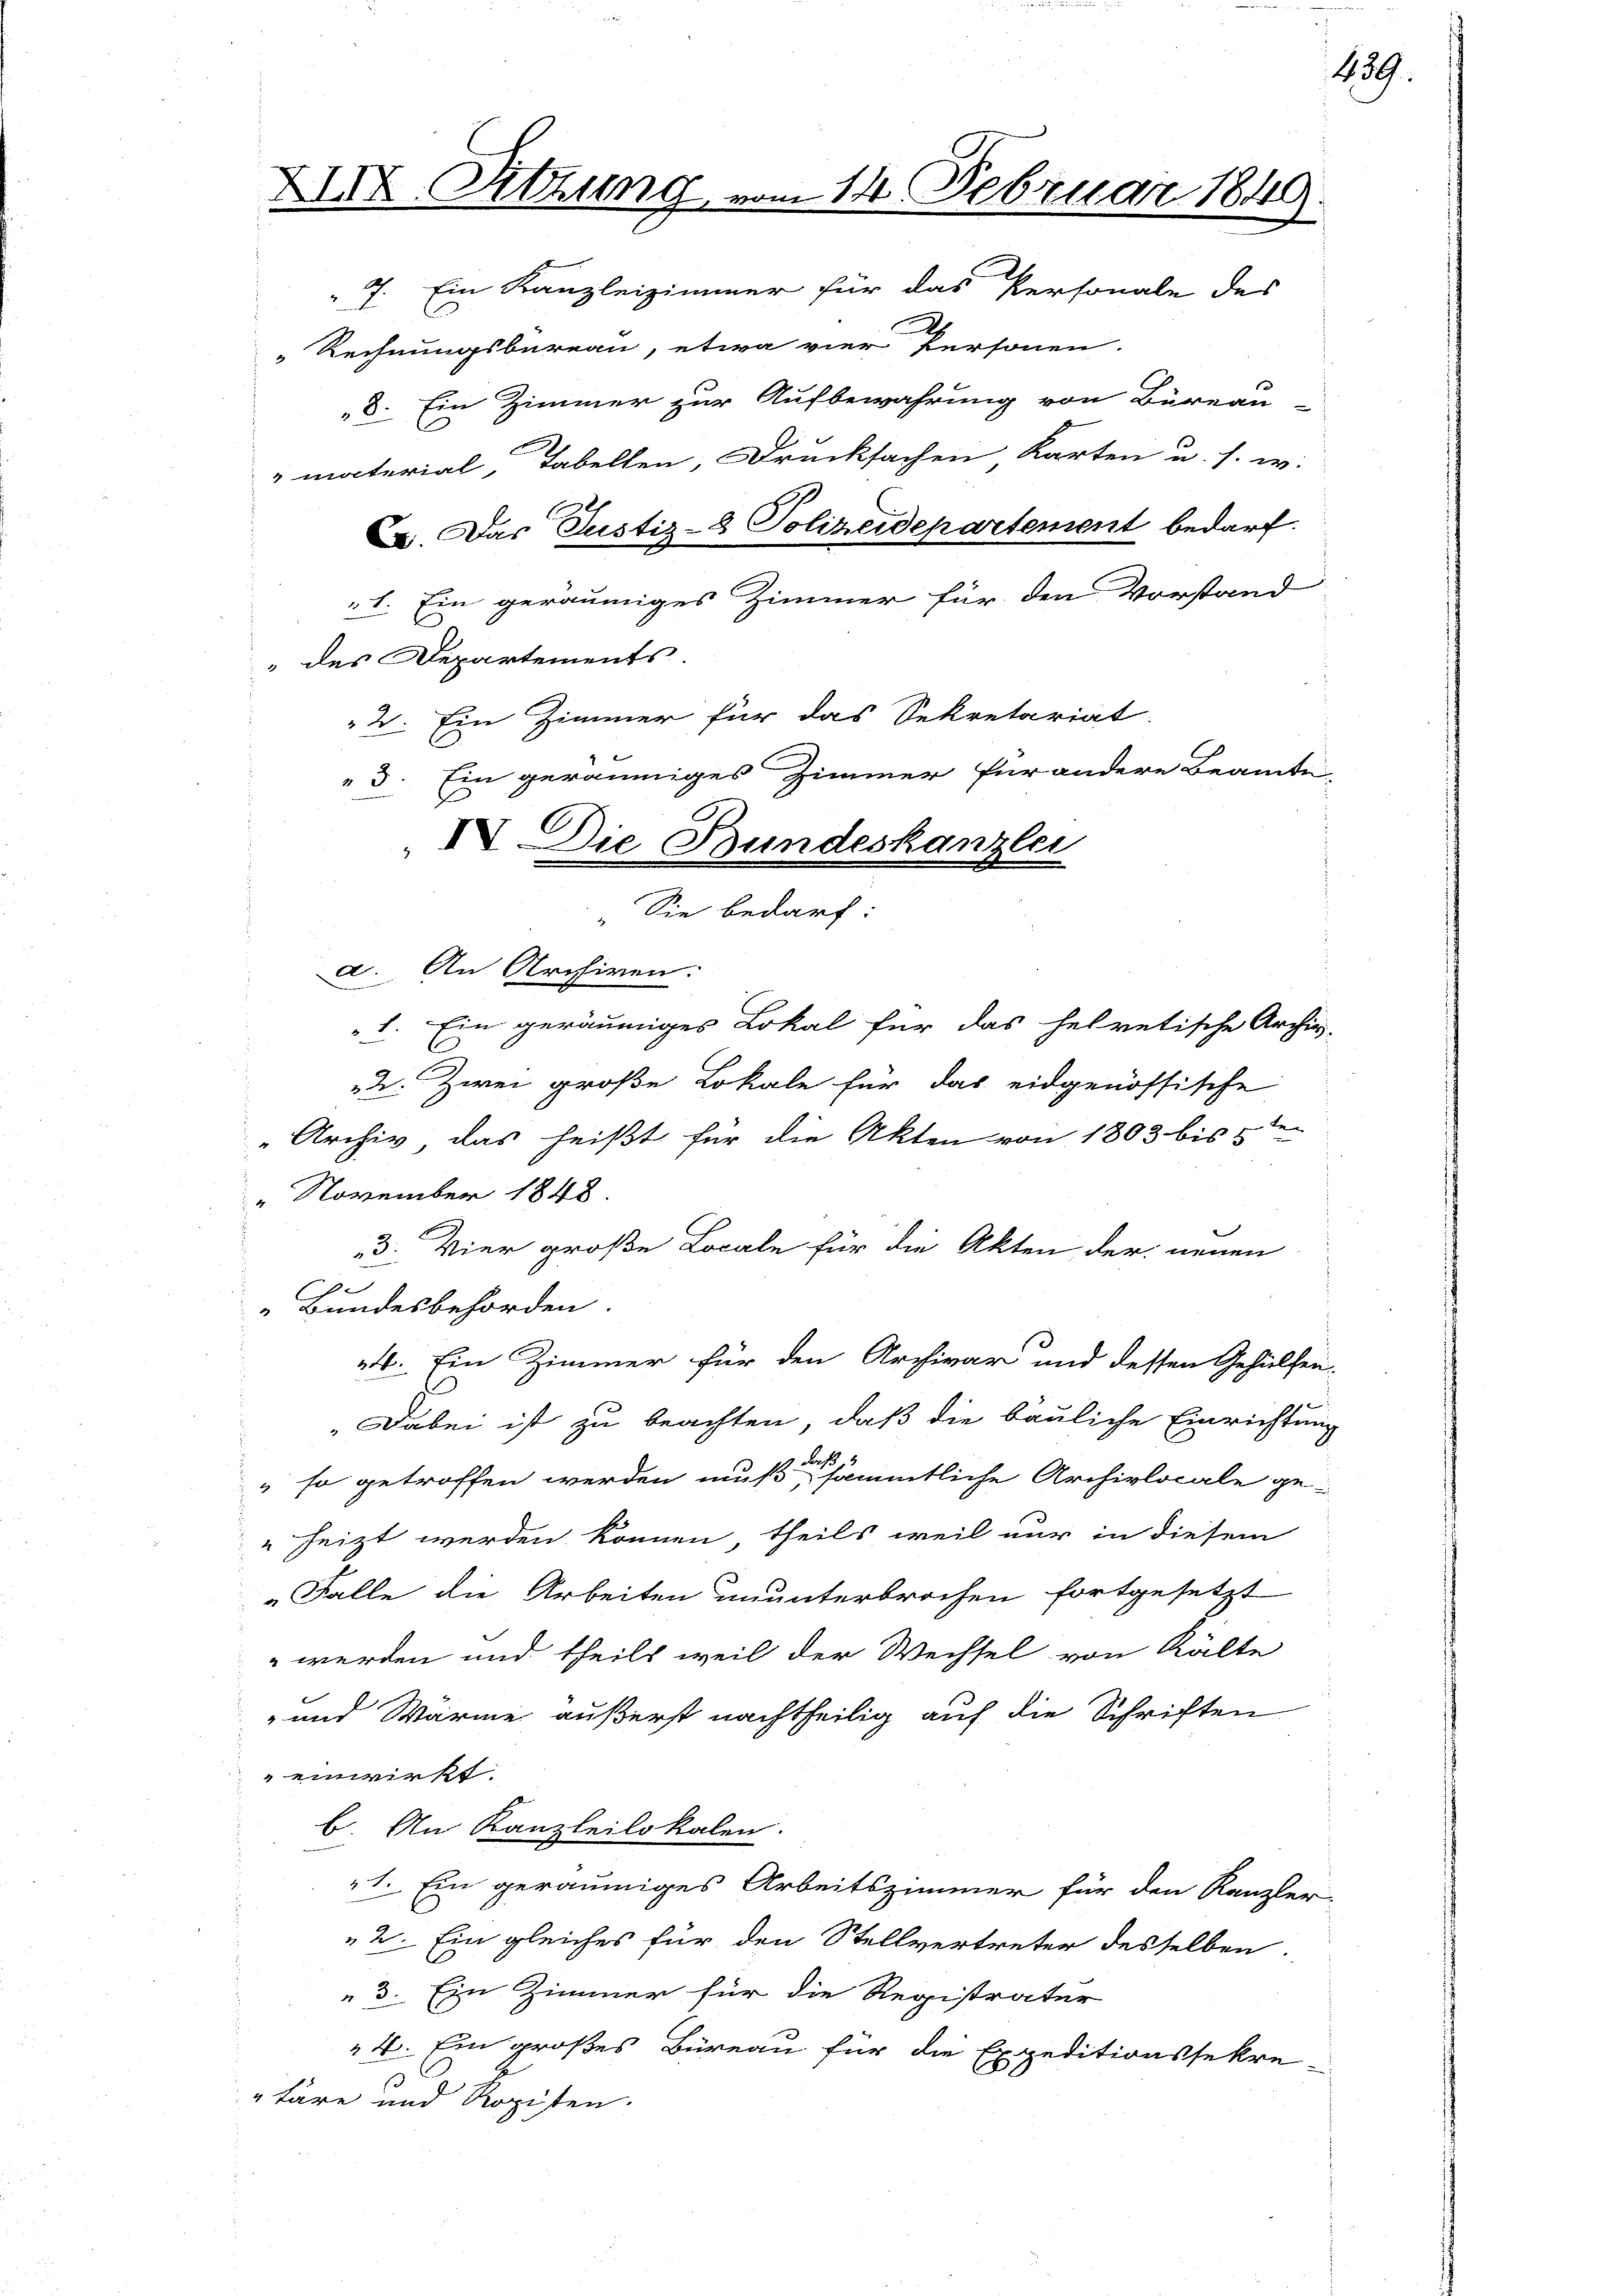
XIIX. Sitzung, in
s

„Rechnungsbureau, etwa vier Personen.
8. Ein Zimmer zur Aufbewahrung von Büreau
material, Tabellen, Drucksachen Karten u. s. w.
. Das Justiz-8 Polizeidepartement bedarf.
1. Ein geräumiges Zimmer für den Vorstand
des Departements.
2. Ein Zimmer für das Sekretariat
3. Ein geräumiges Zimmer für andere Beamte
C
IV. Die Bundeskanzlei

" Sie bedarf:

a. An Archiven.
1. Ein geräumiges Lokal für das helvetische Archiv-
l
2. Zwei große Lokale für das eidgenössische
„Archiv, das heißt für die Akten von 1803 bis 52
" November 1848.
3. Vier große Locale für die Akten der neuen
9
„Bundesbehörden.
4. Ein Zimmer für den Archivar und dessen Gehülfen
Dabei ist zu beachten, daß die bauliche Einrichtung
so getroffen werden muß es sämmtliche Archivlocale ge-
heizt werden können, theils weil nur in diesem
„Falle die Arbeiten ununterbrochen fortgesetzt
 werden und theils weil der Wechsel von Kälte
- und Wärme äußerst nachtheilig auf die Schriften
einwirkt.
b. An Kanzleilokalen.
1. Ein geräumiges Arbeitszimmer für den Kanzler-
2. Ein gleiches für den Stellvertreter desselben
3. Ein Zimmer für die Registratur
4. Ein großes Büreau für die Expeditionssekre-
täre und Roziten.

14. Februar 1849.
7. Ein Kanzleizimmer für das Personale des

459.